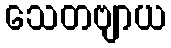
သေတဗျာယ